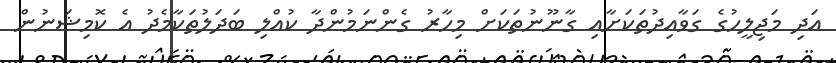
އަދި މަޖިލީހުގެ ގަވާއިދުތަކަށާއި ގާނޫނުތަކަށް މިހާރު ގެންނަމުންދާ ކުއްލި ބަދަލުތަކާމެދު އެ ކޮމިޝަނުން